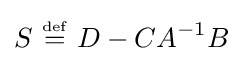
S\ {\overset {\underset {\mathrm {def} }{}}{=}}\ D-CA^{-1}B